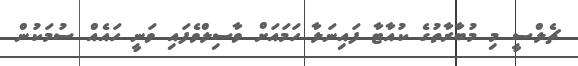
ޗެލްސީ މި މުބާރާތުގެ ކުއާޓާ ފައިނަލާ ހަމައަށް ވާސިލްވެފައި ވަނީ ހައެއް ސުމަކުން